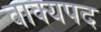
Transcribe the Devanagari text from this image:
वाक्यपद